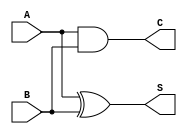
module current_mode_half_adder (
    input wire A,      // Input A
    input wire B,      // Input B
    output wire S,     // Sum output
    output wire C      // Carry output
);

// Internal wires for the XOR and AND operations
wire A_and_B;
wire A_xor_B;

// Implementing the Sum (S) output as A XOR B
assign S = A ^ B; // XOR operation

// Implementing the Carry (C) output as A AND B
assign C = A & B; // AND operation

endmodule